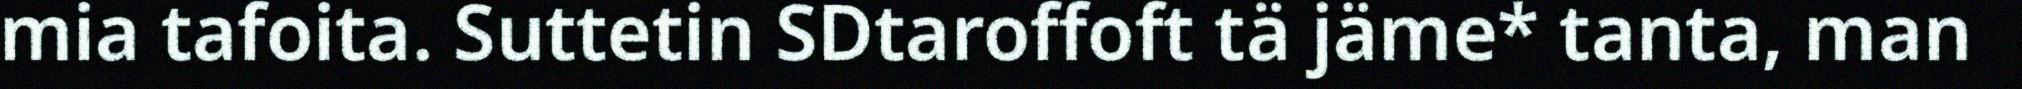
mia tafoita. Suttetin SDtaroffoft tä jäme* tanta, man